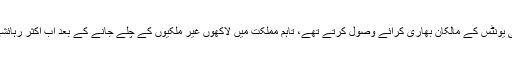
پہلے مملکت میں رہائشی یونٹس کے مالکان بھاری کرائے وصول کرتے تھے، تاہم مملکت میں لاکھوں غیر مْلکیوں کے چلے جانے کے بعد اب اکثر رہائشی یونٹس خالی پڑے ہیں۔